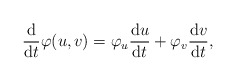
\begin{align*}\frac{\mathrm{d}}{\mathrm{d}t}\varphi(u,v) = \varphi_u\frac{\mathrm{d}u}{\mathrm{d}t} + \varphi_v\frac{\mathrm{d}v}{\mathrm{d}t},\end{align*}